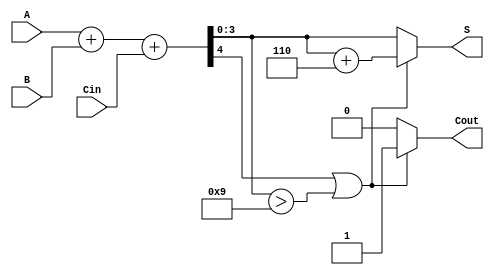
module BCD_Carry_Lookahead_Adder (
    input [3:0] A,         // First BCD digit
    input [3:0] B,         // Second BCD digit
    input Cin,             // Carry in
    output reg [3:0] S,    // BCD sum output
    output reg Cout        // Carry out
);

    wire [4:0] Sum;        // Holds the initial sum
    wire [3:0] P;          // Propagate signals
    wire [3:0] G;          // Generate signals
    wire [2:0] C;          // Internal carries
    
    // Generate the propagate and generate signals
    assign P = A ^ B;      // P = A  B
    assign G = A & B;      // G = A  B

    // Calculate initial carry signals
    assign C[0] = G[0] | (P[0] & Cin);                      // C1
    assign C[1] = G[1] | (P[1] & G[0]) | (P[1] & P[0] & Cin); // C2
    assign C[2] = G[2] | (P[2] & G[1]) | (P[2] & P[1] & P[0] & Cin); // C3

    // Calculate the initial sum
    assign Sum = A + B + Cin; // Sum = A + B + Cin

    always @(*) begin
        // Check for correction
        if (Sum[4] || (Sum[3:0] > 4'b1001)) begin
            S = Sum[3:0] + 4'b0110; // Add 6 for correction
            Cout = 1;               // Set carry out
        end else begin
            S = Sum[3:0];           // No correction needed
            Cout = 0;               // No carry out
        end
    end

endmodule